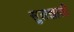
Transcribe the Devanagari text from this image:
सुलझाती